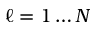
\ell = 1 \ldots N